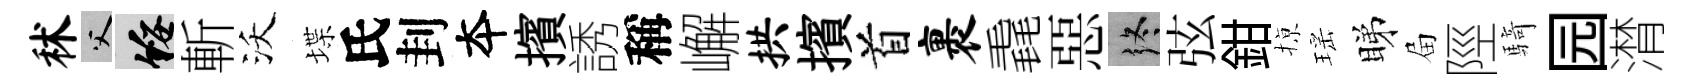
秫父綏斬沃堞氏刲夲擯誘稱嶰拱擯首裹毳惡终弦鉗𢱊瑶睇屇陘騎园潸